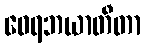
ဝေရဘယာတီတာ